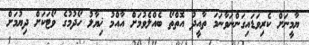
ޔާމީނަށް ކެރިވަޑައިގަންނަވާނަމަ ތާއީދު އޮތްތޯ ބެއްލެވުމަށް އާއްމު ޚިޔާލު ހޯދުމުގެ ވޯޓަކަށް ދިޔުމަށް